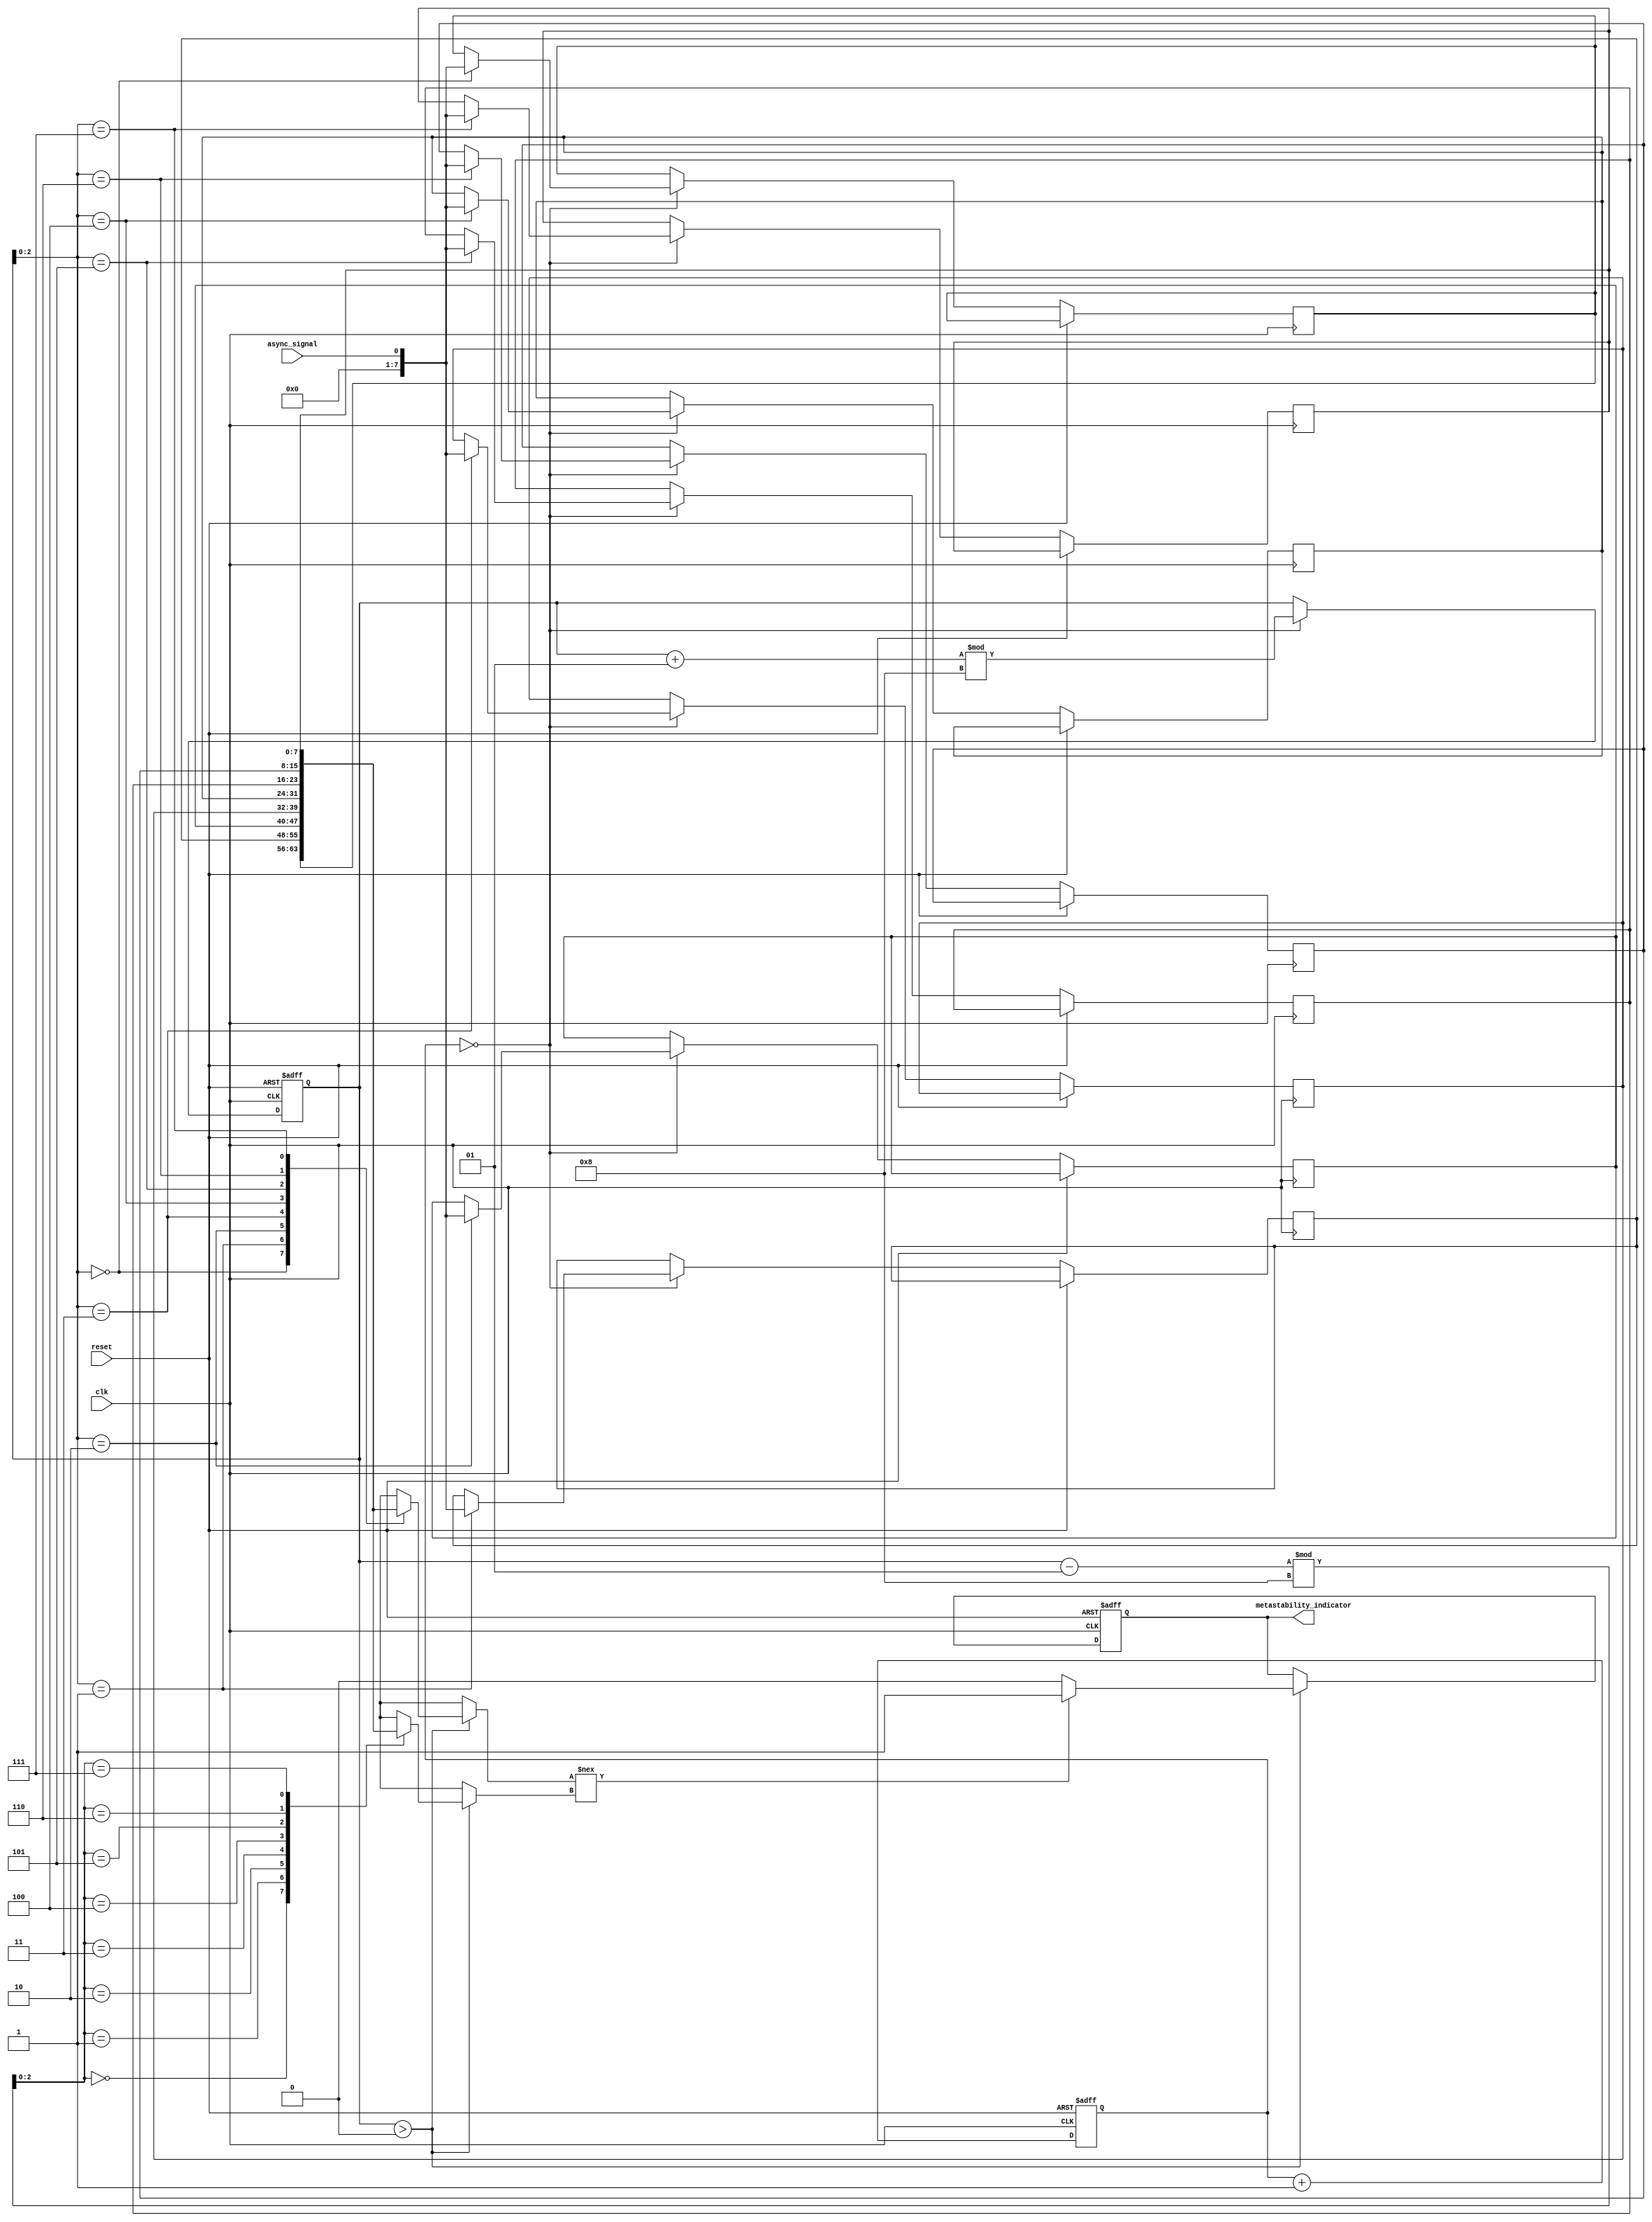
module metastability_detector #(
    parameter NUM_SAMPLES = 8,        // Number of samples to store
    parameter SAMPLING_WIDTH = 4       // Width of the sampling clock counter (for pseudo-random sampling)
)(
    input wire clk,                    // Sampling clock
    input wire reset,                  // Reset signal
    input wire async_signal,           // Input signal to check for metastability
    output reg metastability_indicator   // Metastability indicator output
);

    // Memory block to store samples
    reg [NUM_SAMPLES-1:0] samples [0:NUM_SAMPLES-1]; // Sample storage
    integer sample_index;              // Index for storing samples
    reg [SAMPLING_WIDTH-1:0] clk_counter; // Counter for random sampling
    reg [NUM_SAMPLES-1:0] last_samples; // Last stored samples for comparison

    // Process to sample the async signal at random intervals
    always @(posedge clk or posedge reset) begin
        if (reset) begin
            sample_index <= 0;
            metastability_indicator <= 0;
            clk_counter <= 0;
            last_samples <= 0;
        end else begin
            // Increment the sampling clock counter
            clk_counter <= clk_counter + 1;

            // Pseudo-random sampling logic
            if (clk_counter == 0) begin
                // Store the current async signal sample
                samples[sample_index] <= async_signal;

                // Move to the next sample index (wrapping around)
                sample_index <= (sample_index + 1) % NUM_SAMPLES;
            end

            // Check for metastability by comparing current samples with last samples
            if (sample_index > 0) begin
                if (samples[sample_index] !== samples[(sample_index - 1) % NUM_SAMPLES]) begin
                    metastability_indicator <= 1; // Metastable condition detected
                end else begin
                    metastability_indicator <= 0; // No metastability detected
                end
            end
        end
    end

endmodule